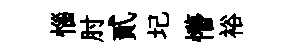
惱肘貳圮懵裕